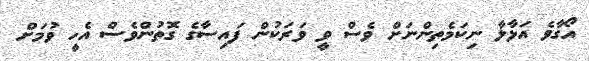
އޯގާވެ އަޅާލާ ނިކަމެތިންނަށް ވެސް ވީ ވަރަކުން ފައިސާގެ ގޮތުންވެސް އެހީ ވުމަށް